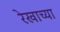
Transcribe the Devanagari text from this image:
रेखाच्या